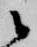
候